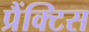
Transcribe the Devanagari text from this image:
प्रैंक्टिस